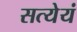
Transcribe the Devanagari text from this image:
सत्येयं